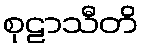
စုဠာသီတိ